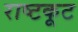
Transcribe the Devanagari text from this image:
राष्टकूट